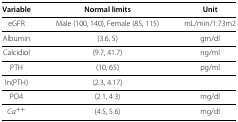
<table><thead><tr><td><b>Variable</b></td><td><b>Normal limits</b></td><td><b>Unit</b></td></tr></thead><tbody><tr><td>eGFR</td><td>Male (100, 140), Female (85, 115)</td><td>mL/min/1.73m2</td></tr><tr><td>Albumin</td><td>(3.6, 5)</td><td>gm/dl</td></tr><tr><td>Calcidiol</td><td>(9.7, 41.7)</td><td>ng/ml</td></tr><tr><td>PTH</td><td>(10, 65)</td><td>pg/ml</td></tr><tr><td>ln(PTH)</td><td>(2.3, 4.17)</td><td>[EMPTY_CELL]</td></tr><tr><td>PO4</td><td>(2.1, 4.3)</td><td>mg/dl</td></tr><tr><td><i>Ca</i><sup>++</sup></td><td>(4.5, 5.6)</td><td>mg/dl</td></tr></tbody></table>